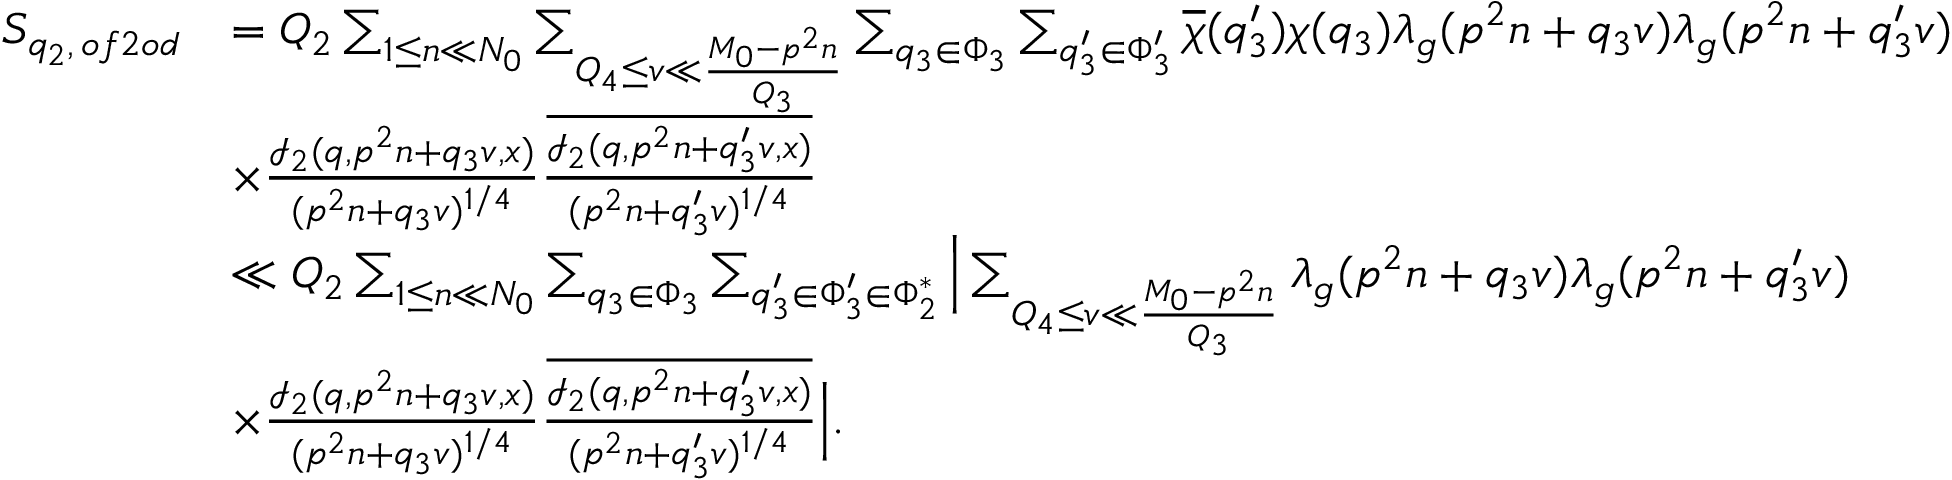
\begin{array} { r l } { S _ { q _ { 2 } , \, o f 2 o d } } & { = Q _ { 2 } \sum _ { 1 \leq n \ll N _ { 0 } } \sum _ { Q _ { 4 } \leq v \ll \frac { M _ { 0 } - p ^ { 2 } n } { Q _ { 3 } } } \sum _ { q _ { 3 } \in \Phi _ { 3 } } \sum _ { q _ { 3 } ^ { \prime } \in \Phi _ { 3 } ^ { \prime } } \overline { { \chi } } ( q _ { 3 } ^ { \prime } ) \chi ( q _ { 3 } ) \lambda _ { g } ( p ^ { 2 } n + q _ { 3 } v ) \lambda _ { g } ( p ^ { 2 } n + q _ { 3 } ^ { \prime } v ) } \\ & { \times \frac { \mathcal { I } _ { 2 } ( q , p ^ { 2 } n + q _ { 3 } v , x ) } { ( p ^ { 2 } n + q _ { 3 } v ) ^ { 1 / 4 } } \frac { \overline { { \mathcal { I } _ { 2 } ( q , p ^ { 2 } n + q _ { 3 } ^ { \prime } v , x ) } } } { ( p ^ { 2 } n + q _ { 3 } ^ { \prime } v ) ^ { 1 / 4 } } } \\ & { \ll Q _ { 2 } \sum _ { 1 \leq n \ll N _ { 0 } } \sum _ { q _ { 3 } \in \Phi _ { 3 } } \sum _ { q _ { 3 } ^ { \prime } \in \Phi _ { 3 } ^ { \prime } \in \Phi _ { 2 } ^ { * } } \Big | \sum _ { Q _ { 4 } \leq v \ll \frac { M _ { 0 } - p ^ { 2 } n } { Q _ { 3 } } } \lambda _ { g } ( p ^ { 2 } n + q _ { 3 } v ) \lambda _ { g } ( p ^ { 2 } n + q _ { 3 } ^ { \prime } v ) } \\ & { \times \frac { \mathcal { I } _ { 2 } ( q , p ^ { 2 } n + q _ { 3 } v , x ) } { ( p ^ { 2 } n + q _ { 3 } v ) ^ { 1 / 4 } } \frac { \overline { { \mathcal { I } _ { 2 } ( q , p ^ { 2 } n + q _ { 3 } ^ { \prime } v , x ) } } } { ( p ^ { 2 } n + q _ { 3 } ^ { \prime } v ) ^ { 1 / 4 } } \Big | . } \end{array}